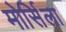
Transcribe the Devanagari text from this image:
मोर्सिला